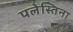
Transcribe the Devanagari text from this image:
पलेस्तिना